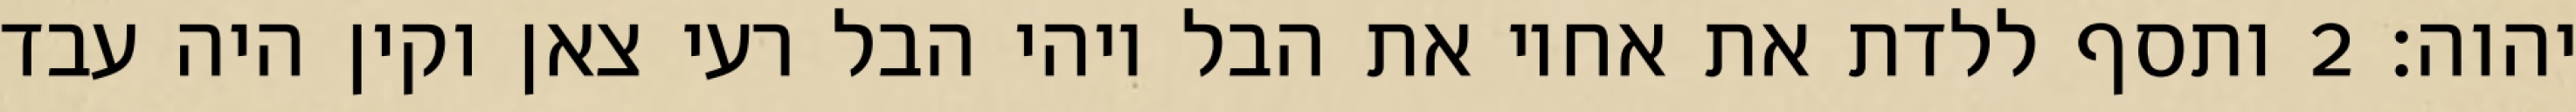
יהוה׃ ‎2‏ ותסף ללדת את אחיו את הבל ויהי הבל רעי צאן וקין היה עבד